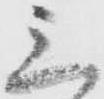
三